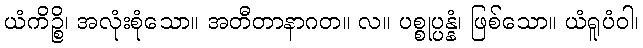
ယံကိဉ္စိ၊ အလုံးစုံသော။ အတီတာနာဂတ။ လ။ ပစ္စုပ္ပန္နံ၊ ဖြစ်သော။ ယံရူပံဝါ၊